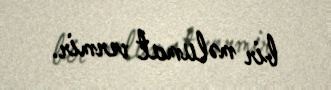
bir məlumat vermir.